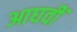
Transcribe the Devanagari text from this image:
आघवीं